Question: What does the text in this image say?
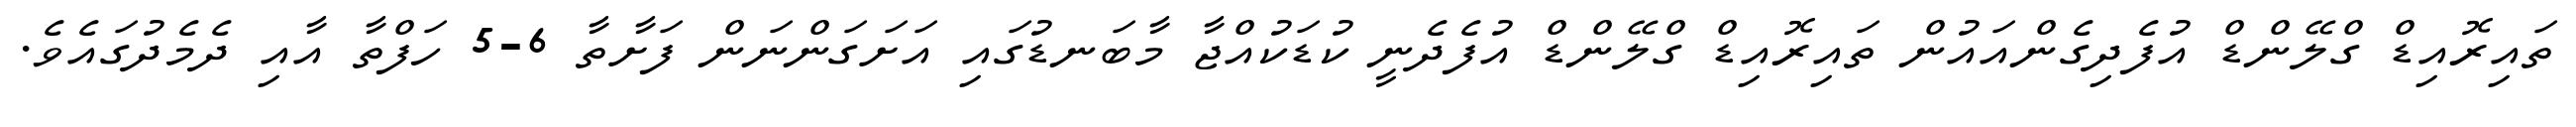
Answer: ތައިރޮއިޑް ގްލޭންޑް އުފެދިގެންއައުން ތައިރޮއިޑް ގްލޭންޑް އުފެދެނީ ކުޑަކުއްޖާ މާބަނޑުގައި އަށަގަންނަން ފަށާތާ 6-5 ހަފްތާ އާއި ދެމެދުގައެވެ.